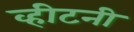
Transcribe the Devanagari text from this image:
व्हीटनी